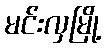
မင်းလှမြို့